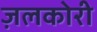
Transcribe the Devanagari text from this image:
ज़लकोरी